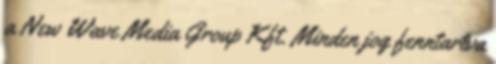
a New Wave Media Group Kft. Minden jog fenntartva